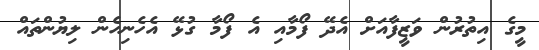
މީގެ އިތުރުން ވަޒީފާއަށް އެދޭ ފޯމާއި އެ ފޯމާ ގުޅޭ އެހެނިހެން ލިޔުންތައް